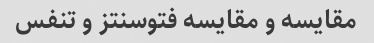
مقایسه و مقایسه فتوسنتز و تنفس